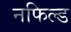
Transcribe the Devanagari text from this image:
नफिल्ड